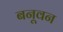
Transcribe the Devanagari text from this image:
बनूवन